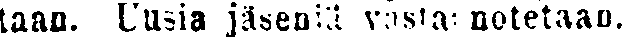
taan. Uusia jäseniä vastaanotetaan.